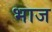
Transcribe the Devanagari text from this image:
भाज